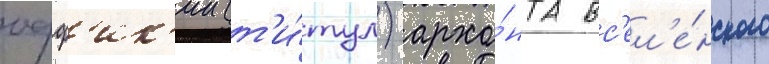
офф'ик'ии (т'и́тул) архо́нта вс'ел'е́нского